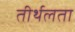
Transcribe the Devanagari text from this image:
तीर्थलता